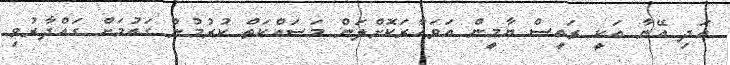
އަދި އޭނާ އަކީ ރައީސް ޔާމީން އަވަހާރަކޮށްލަން މަސައްކަތް ކުރުމުން ގައުމަށް ގައްދާރުވި